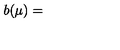
b ( \mu ) =